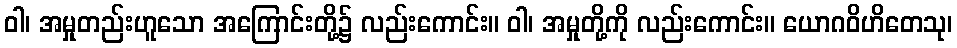
ဝါ၊ အမှုတည်းဟူသော အကြောင်းတို့၌ လည်းကောင်း။ ဝါ၊ အမှုတို့ကို လည်းကောင်း။ ယောဂဝိဟိတေသု၊